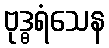
ဗုဒ္ဓရံသေန